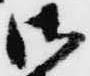
御